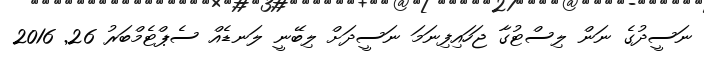
ނަސީދުގެ ނަން ލިސްޓުގާ ޖަހައިފިނަމަ ނަސީދަށް ލިބޭނީ ލަނޑެއް ސެޕްޓެމްބަރު 26